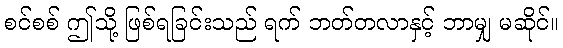
စင်စစ် ဤသို့ ဖြစ်ရခြင်းသည် ရက် ဘတ်တလာနှင့် ဘာမျှ မဆိုင်။